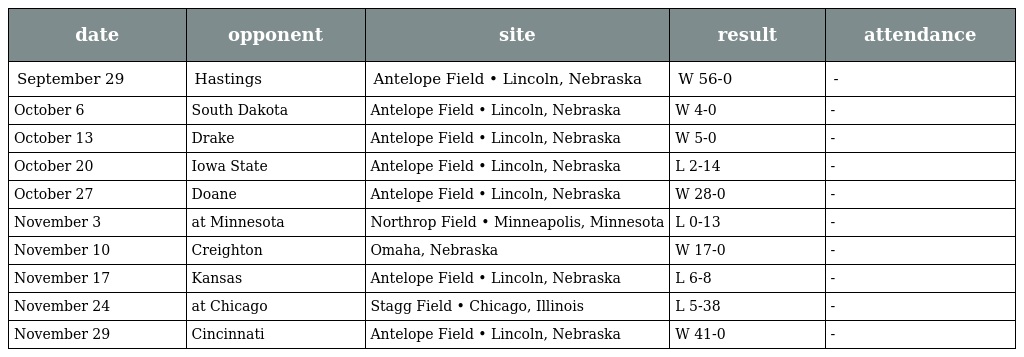
| date | opponent | site | result | attendance |
 | --- | --- | --- | --- | --- |
 | September 29 | Hastings | Antelope Field • Lincoln, Nebraska | W 56-0 | - |
 | October 6 | South Dakota | Antelope Field • Lincoln, Nebraska | W 4-0 | - |
 | October 13 | Drake | Antelope Field • Lincoln, Nebraska | W 5-0 | - |
 | October 20 | Iowa State | Antelope Field • Lincoln, Nebraska | L 2-14 | - |
 | October 27 | Doane | Antelope Field • Lincoln, Nebraska | W 28-0 | - |
 | November 3 | at Minnesota | Northrop Field • Minneapolis, Minnesota | L 0-13 | - |
 | November 10 | Creighton | Omaha, Nebraska | W 17-0 | - |
 | November 17 | Kansas | Antelope Field • Lincoln, Nebraska | L 6-8 | - |
 | November 24 | at Chicago | Stagg Field • Chicago, Illinois | L 5-38 | - |
 | November 29 | Cincinnati | Antelope Field • Lincoln, Nebraska | W 41-0 | - |